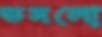
ভসলো